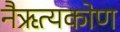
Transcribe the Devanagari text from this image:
नैऋत्यकोण